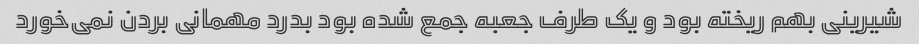
شیرینی بهم ریخته بود و یک طرف جعبه جمع شده بود بدرد مهمانی بردن نمی‌خورد